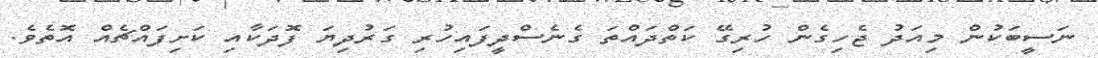
ނަސީބަކުން މިއަދު ޖެހިގެން ހުރިގޭ ކަތްދައްތަ ގެނެސްދީފައިހުރި ގަރުދިޔަ ފޮދަކާއި ކަށިފައްޗެއް އޮތެވެ.